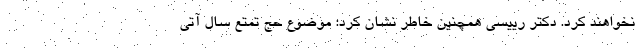
نخواهند کرد. دکتر رییسی همچنین خاطر نشان کرد: موضوع حج تمتع سال آتی